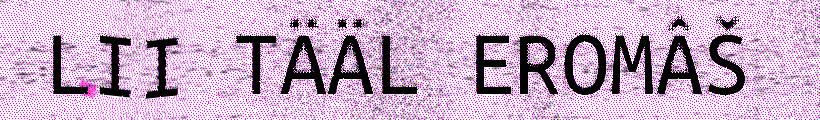
LII TÄÄL EROMÂŠ